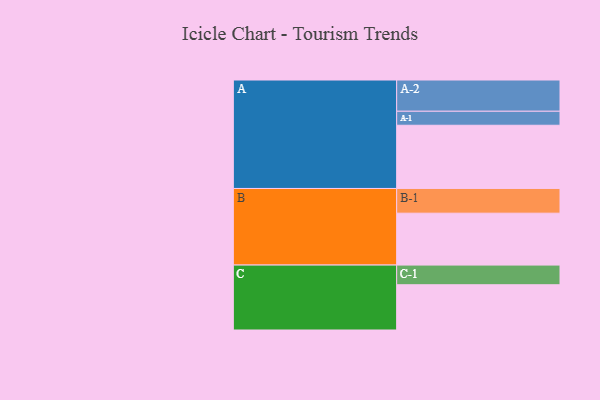
{"axis": {"x": "Segment", "y": "Value"}, "legend": ["", "A", "B", "C"], "data": [{"x": "A", "y": 591, "type": ""}, {"x": "B", "y": 485, "type": ""}, {"x": "C", "y": 423, "type": ""}, {"x": "A-1", "y": 131, "type": "A"}, {"x": "A-2", "y": 292, "type": "A"}, {"x": "B-1", "y": 231, "type": "B"}, {"x": "C-1", "y": 184, "type": "C"}]}